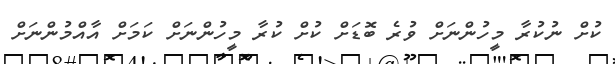
ކުށް ނުކުރާ މީހުންނަށް ވުރެ ބޮޑަށް ކުށް ކުރާ މީހުންނަށް ކަމަށް އާއްމުންނަށް